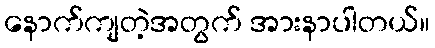
နောက်ကျတဲ့အတွက် အားနာပါတယ်။